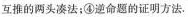
互推的两头凑法；④逆命题的证明方法.